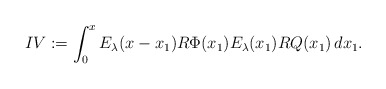
\begin{align*}IV := \int_0^x E_\lambda(x-x_1)R \Phi(x_1) E_\lambda(x_1)RQ(x_1)\,dx_1 .\end{align*}